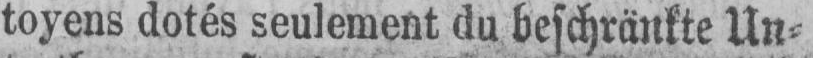
toyens dotés seulement du beschränkte Un⸗